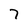
Character: 7